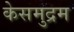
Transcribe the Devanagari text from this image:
केसमुद्रम